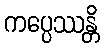
ကပ္ပေဿန္တိ